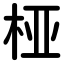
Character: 桠